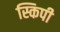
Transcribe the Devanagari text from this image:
स्किपी